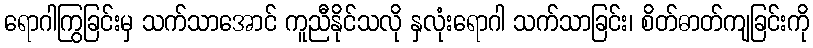
ရောဂါကြွခြင်းမှ သက်သာအောင် ကူညီနိုင်သလို နှလုံးရောဂါ သက်သာခြင်း၊ စိတ်ဓာတ်ကျခြင်းကို